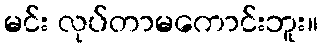
မင်း လုပ်တာမကောင်းဘူး။